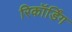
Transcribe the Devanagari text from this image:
रिकॉर्डिंग